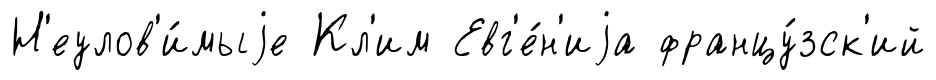
Н'еулов'и́мыjе Кл'им Евг'е́н'иjа францу́зск'ий